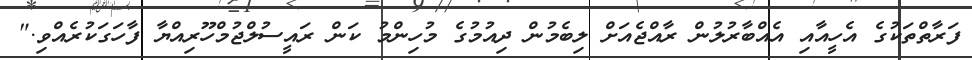
ފަރާތްތަކުގެ އެހީއާއި އެއްބާރުލުން ރާއްޖެއަށް ލިބެމުން ދިއުމުގެ މުހިންމު ކަން ރައީސުލްޖުމްހޫރިއްޔާ ފާހަގަކުރެއްވި."